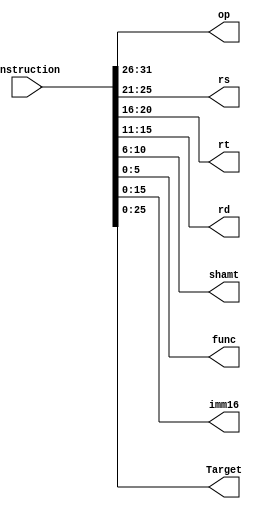
module instruction(Instruction,op,rs,rt,rd,shamt,func,imm16,Target);
input [31:0] Instruction;
output [31:26] op;
output [25:21] rs;
output [20:16] rt;
output [15:11] rd;
output [10:6] shamt;
output [5:0] func;
output [15:0] imm16;
output [25:0] Target;

assign op=Instruction[31:26];
assign rs=Instruction[25:21];
assign rt=Instruction[20:16];
assign rd=Instruction[15:11];
assign shamt=Instruction[10:6];
assign func=Instruction[5:0];
assign imm16=Instruction[15:0];
assign Target=Instruction[25:0];
    
endmodule